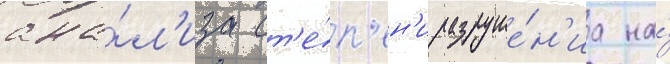
ана́л'иза ст'е́п'ен'и разруше́н'иа на́